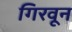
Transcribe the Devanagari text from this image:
गिरवून